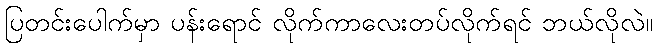
ပြတင်းပေါက်မှာ ပန်းရောင် လိုက်ကာလေးတပ်လိုက်ရင် ဘယ်လိုလဲ။